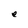
Character: e